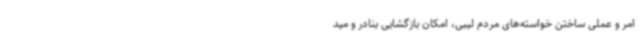
امر و عملی ساختن خواسته‌های مردم لیبی، امکان بازگشایی بنادر و مید